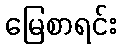
မြေစာရင်း